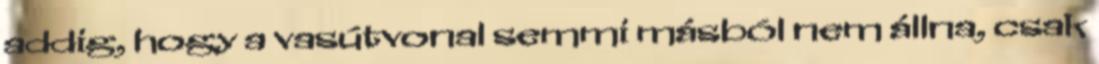
addig, hogy a vasútvonal semmi másból nem állna, csak